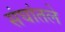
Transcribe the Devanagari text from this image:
संघांतले